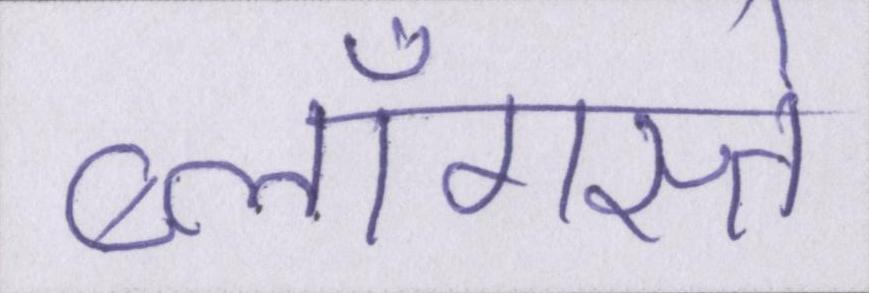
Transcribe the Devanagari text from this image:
ब्लॉगस्ते